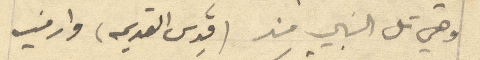
وهي تل النبي مذ (قِدس القديمه) وارفيه